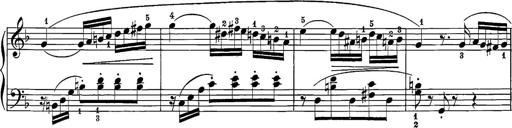
Title: 12 Sonatine per Pianoforte
Composer: Friedrich Kuhlau